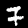
Digit: 7